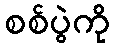
စစ်ပွဲကို